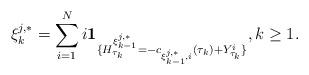
LaTeX: \begin{align*}\xi^{j,*}_k=\sum_{i=1}^N i\mathbf{1}_{\{H^{\xi^{j,*}_{k-1}}_{\tau_k}=-c_{\xi^{j,*}_{k-1},i}(\tau_k)+Y^i_{\tau_k}\}},k\ge 1.\end{align*}